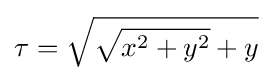
\tau ={\sqrt {{\sqrt {x^{2}+y^{2}}}+y}}